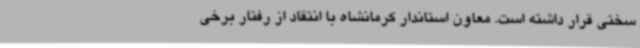
سختی قرار داشته است. معاون استاندار کرمانشاه با انتقاد از رفتار برخی